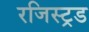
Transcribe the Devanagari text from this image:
रजिस्ट्रड